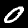
Label: 0